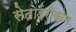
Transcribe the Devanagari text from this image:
सेताईरीकोन